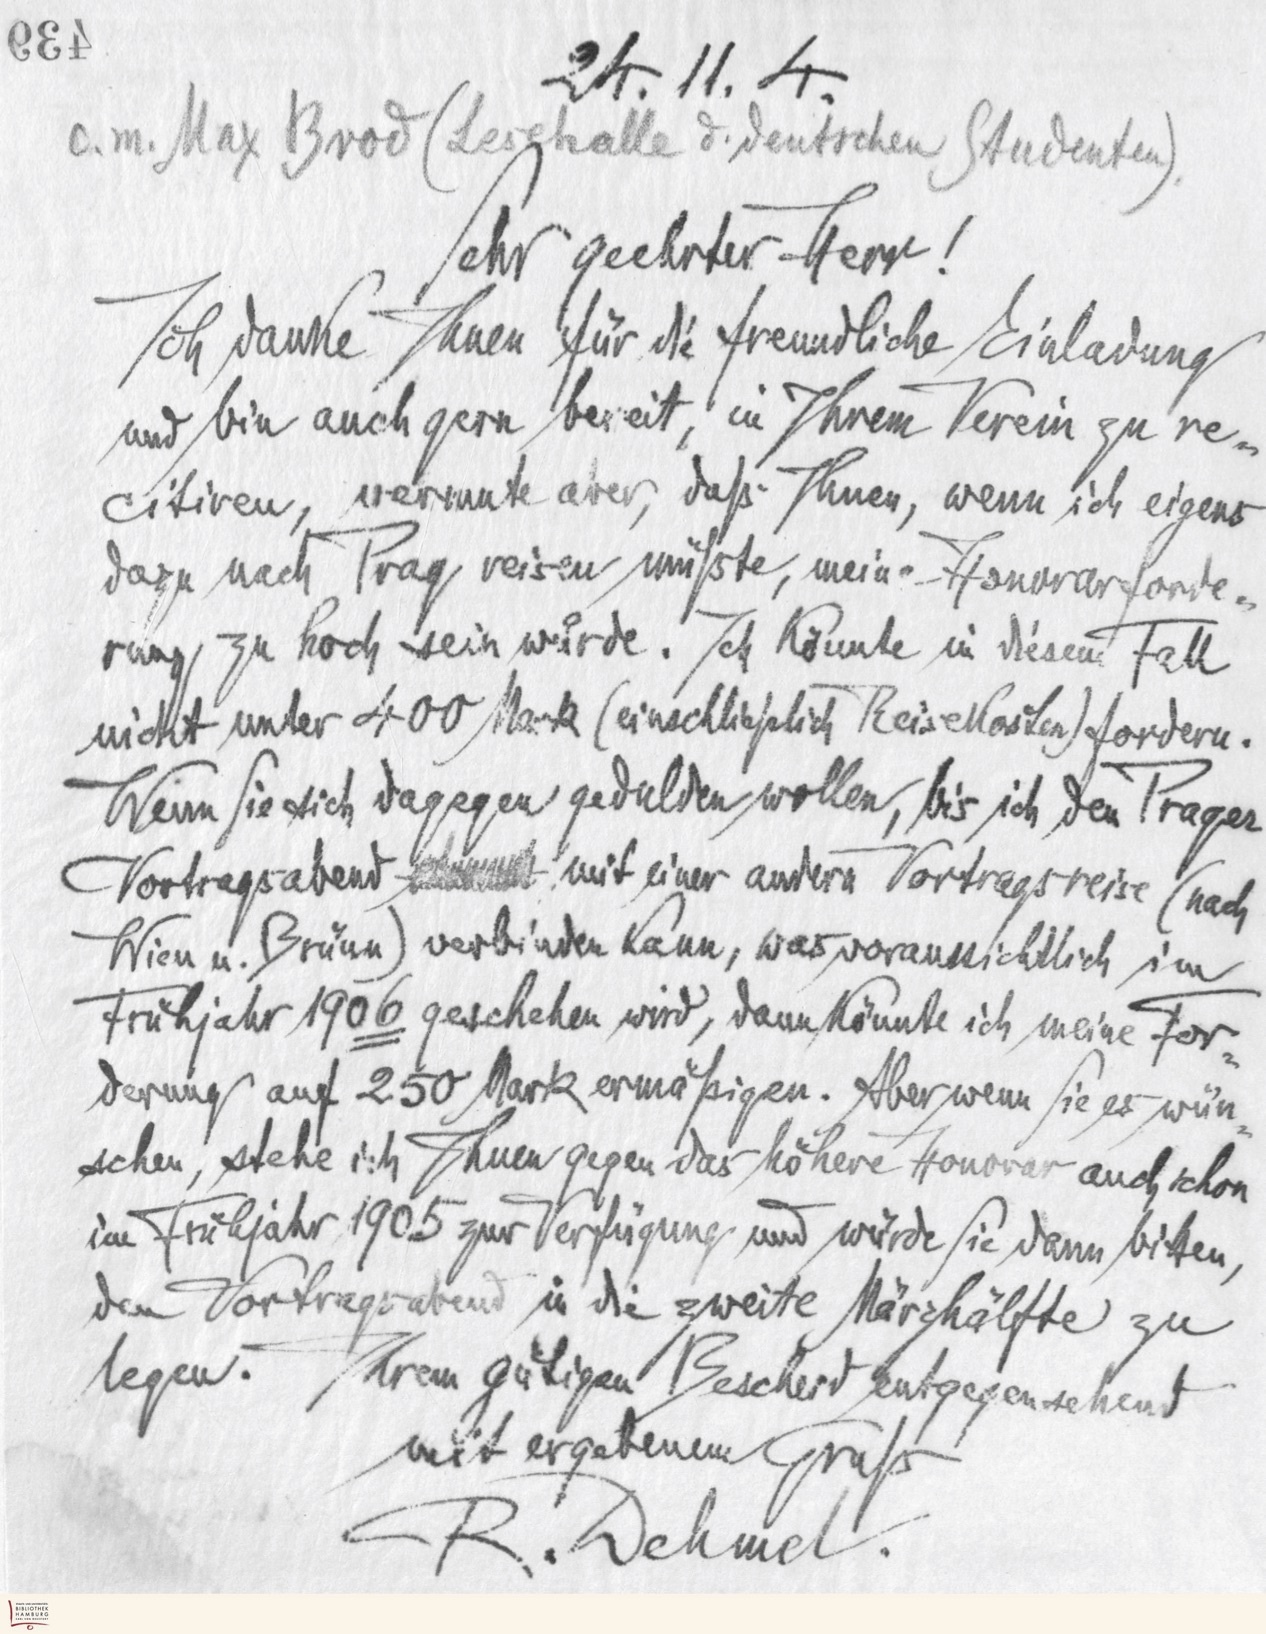
24.11.4.
c.m. Max Brod (Lesehalle d. deutschen Studenten)
Sehr geehrter Herr!
Ich danke Ihnen für die freundliche Einladung
und bin auch gern bereit, in Ihrem Verein zu re-
citiren, vermute aber, daß Ihnen, wenn ich eigens
dazu nach Prag reisen müßte, meine Honorarforde-
rung zu hoch sein würde. Ich könnte in diesem Fall
nicht unter 400 Mark (einschließlich Reisekosten) fordern.
Wenn Sie sich dagegen gedulden wollen, bis ich den Prager
Vortragsabend mit einer andern Vortragsreise (nach
Wien u. Brünn) verbinden kann, was voraussichtlich im
Frühjahr 1906 geschehen wird, dann könnte ich meine For-
derung auf 250 Mark ermäßigen. Aber wenn Sie es wün-
schen, stehe ich Ihnen gegen das höhere Honorar auch schon
im Frühjahr 1905 zur Verfügung und würde Sie dann bitten,
den Vortragsabend in die zweite Märzhälfte zu
legen. Ihrem gütigen Bescheid entgegensehend
mit ergebenem Gruß
R. Dehmel.